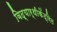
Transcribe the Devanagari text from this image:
विद्यार्थीकेंद्रित